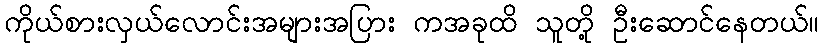
ကိုယ်စားလှယ်လောင်းအများအပြား ကအခုထိ သူတို့ ဦးဆောင်နေတယ်။